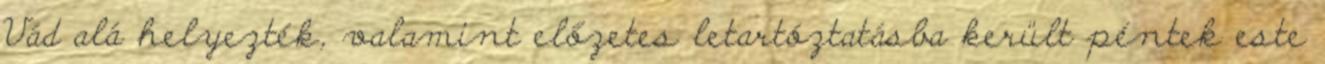
Vád alá helyezték, valamint előzetes letartóztatásba került péntek este